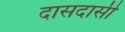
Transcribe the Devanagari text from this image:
दासदासी